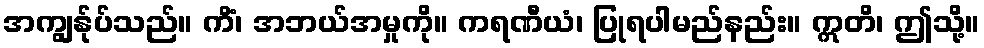
အကျွန်ုပ်သည်။ ကိံ၊ အဘယ်အမှုကို။ ကရဏီယံ၊ ပြုရပါမည်နည်း။ ဣတိ၊ ဤသို့။